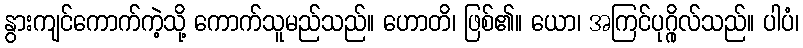
နွားကျင်ကောက်ကဲ့သို့ ကောက်သူမည်သည်။ ဟောတိ၊ ဖြစ်၏။ ယော၊ အကြင်ပုဂ္ဂိုလ်သည်။ ပါပံ၊